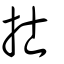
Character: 𢩿